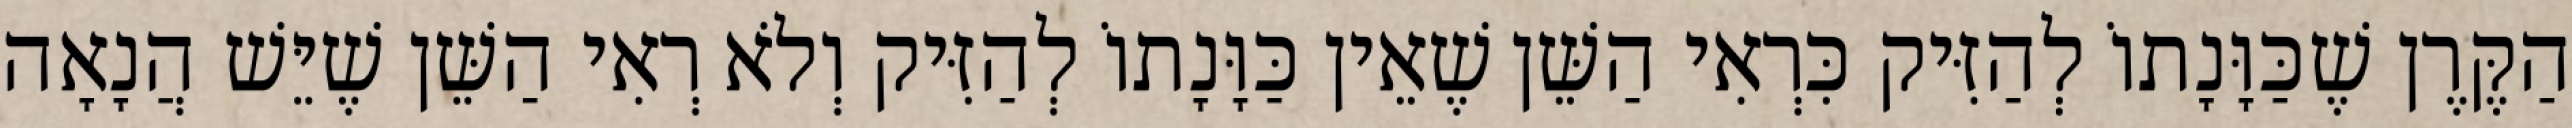
הַקֶּרֶן שֶׁכַּוָּנָתוֹ לְהַזִּיק כִּרְאִי הַשֵּׁן שֶׁאֵין כַּוָּנָתוֹ לְהַזִּיק וְלֹא רְאִי הַשֵּׁן שֶׁיֵּשׁ הֲנָאָה